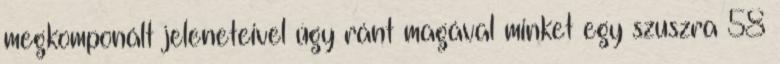
megkomponált jeleneteivel úgy ránt magával minket egy szuszra 58